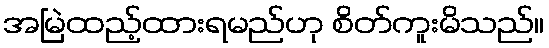
အမြဲထည့်ထားရမည်ဟု စိတ်ကူးမိသည်။